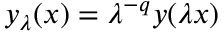
y _ { \lambda } ( x ) = \lambda ^ { - q } y ( \lambda x )